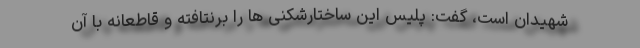
شهیدان است، گفت: پلیس این ساختارشکنی ها را برنتافته و قاطعانه با آن